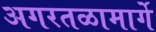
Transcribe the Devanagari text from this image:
अगरतळामार्गे